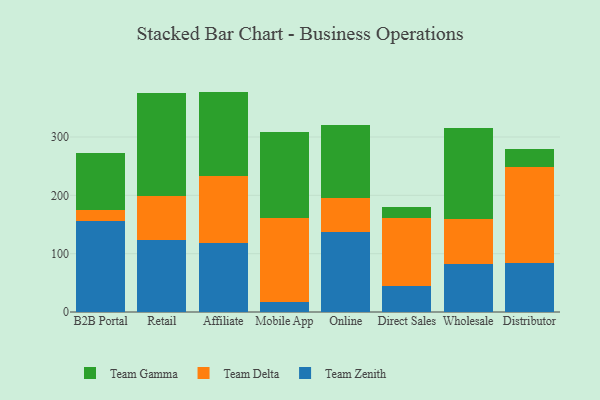
{"axis": {"x": "Channel", "y": "Shipments"}, "legend": ["Team Delta", "Team Gamma", "Team Zenith"], "data": [{"x": "B2B Portal", "y": 155.8, "type": "Team Zenith"}, {"x": "B2B Portal", "y": 19.8, "type": "Team Delta"}, {"x": "B2B Portal", "y": 97.2, "type": "Team Gamma"}, {"x": "Retail", "y": 123.4, "type": "Team Zenith"}, {"x": "Retail", "y": 75.5, "type": "Team Delta"}, {"x": "Retail", "y": 176.4, "type": "Team Gamma"}, {"x": "Affiliate", "y": 118.7, "type": "Team Zenith"}, {"x": "Affiliate", "y": 114.4, "type": "Team Delta"}, {"x": "Affiliate", "y": 144.7, "type": "Team Gamma"}, {"x": "Mobile App", "y": 18.0, "type": "Team Zenith"}, {"x": "Mobile App", "y": 142.5, "type": "Team Delta"}, {"x": "Mobile App", "y": 148.4, "type": "Team Gamma"}, {"x": "Online", "y": 137.6, "type": "Team Zenith"}, {"x": "Online", "y": 57.1, "type": "Team Delta"}, {"x": "Online", "y": 126.2, "type": "Team Gamma"}, {"x": "Direct Sales", "y": 44.7, "type": "Team Zenith"}, {"x": "Direct Sales", "y": 115.6, "type": "Team Delta"}, {"x": "Direct Sales", "y": 19.4, "type": "Team Gamma"}, {"x": "Wholesale", "y": 83.0, "type": "Team Zenith"}, {"x": "Wholesale", "y": 75.8, "type": "Team Delta"}, {"x": "Wholesale", "y": 156.4, "type": "Team Gamma"}, {"x": "Distributor", "y": 84.0, "type": "Team Zenith"}, {"x": "Distributor", "y": 165.0, "type": "Team Delta"}, {"x": "Distributor", "y": 30.3, "type": "Team Gamma"}]}